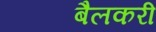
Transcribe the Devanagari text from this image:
बैलकरी